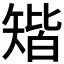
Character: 𥏪